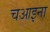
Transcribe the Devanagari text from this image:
चआइना